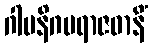
ဂါမနိဂမရာဇဓာနိံ